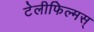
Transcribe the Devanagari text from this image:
टेलीफिल्मस्